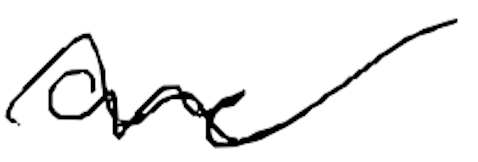
Text: are
Cross-out: wave
Writing tool: digital_black